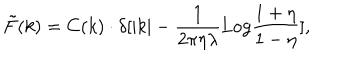
\tilde { F } ( k ) = C ( k ) \cdot \delta [ | k | - { \frac { 1 } { 2 \pi \eta \lambda } } \mathrm { L o g } { \frac { 1 + \eta } { 1 - \eta } } ] ,